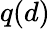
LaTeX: q(d)